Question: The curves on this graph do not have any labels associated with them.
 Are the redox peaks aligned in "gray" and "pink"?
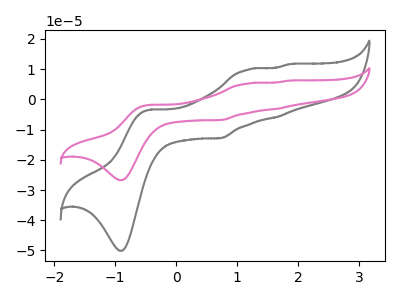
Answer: <think>The gray curve "gray" has anodic peaks at (-0.45V, -3.40uA) (1.15V, 9.85uA) (1.65V, -5.85uA) (1.85V, 11.65uA) and cathodic peaks at (-0.90V, -50.10uA) (0.75V, -12.80uA). The pink curve "pink" has anodic peaks at (-0.45V, -1.80uA) (1.15V, 5.25uA) (1.65V, -3.15uA) (1.85V, 6.20uA) and cathodic peaks at (-0.90V, -26.75uA) (0.75V, -6.85uA).</think>
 <answer>Yes, "gray" have a peak in "pink" at the same potential.</answer>
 <eval>match</eval>